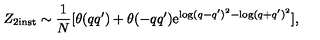
Z _ { 2 \mathrm { i n s t } } \sim \frac { 1 } { N } [ \theta ( q q ^ { \prime } ) + \theta ( - q q ^ { \prime } ) \mathrm { e } ^ { \log ( q - q ^ { \prime } ) ^ { 2 } - \log ( q + q ^ { \prime } ) ^ { 2 } } ] ,